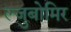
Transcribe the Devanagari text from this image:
ल्जुबोमिर